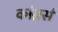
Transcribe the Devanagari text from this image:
कांग्नर्स